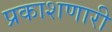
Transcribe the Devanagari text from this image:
प्रकाशणारी